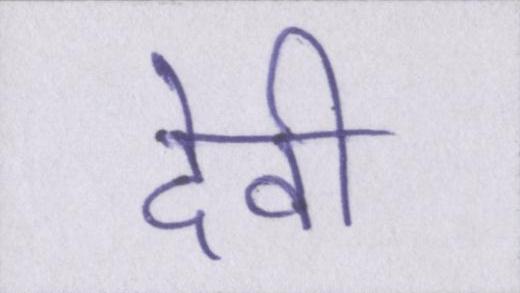
देवी